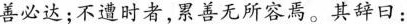
善必达；不遭时者，累善无所容焉。其辞曰：